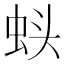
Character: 𬠁